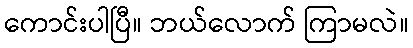
ကောင်းပါပြီ။ ဘယ်လောက် ကြာမလဲ။